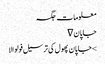
معلومات	جگہ
جاپان ∇
> جاپان پھول کی ترسیل فولوالا